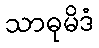
သာဓုမိဒံ